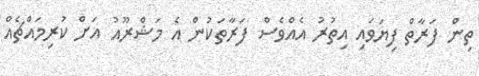
ތިން ފަރާތް ފިޔަވައި އިތުރު އެއްވެސް ފަރާތަކުން އެ މަޝްރޫއު އަށް ކުރިމައްޗެއް